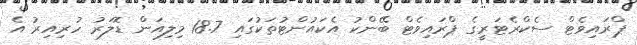
ޕްރައިވެޓް ސެކްރެޓަރީގެ ޕްރައިވެޓް ބޭންކު އެކައުންޓުތަކުގައި 18.7 މިލިއަން ޑޮލަރު ހުރިއިރު އެ